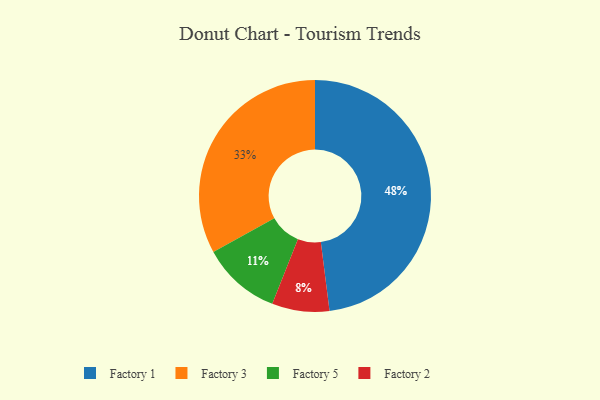
{"axis": {"x": "Category", "y": "Percentage"}, "legend": ["Factory 1", "Factory 2", "Factory 3", "Factory 5"], "data": [{"x": "Factory 1", "y": 48, "type": "Factory 1"}, {"x": "Factory 3", "y": 33, "type": "Factory 3"}, {"x": "Factory 2", "y": 8, "type": "Factory 2"}, {"x": "Factory 5", "y": 11, "type": "Factory 5"}]}